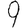
Digit: 9